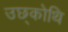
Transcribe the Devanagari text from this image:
उछ्कोथि